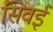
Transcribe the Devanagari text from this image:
सिवईं